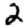
Digit: 2